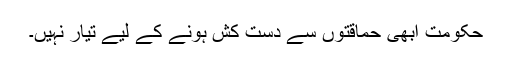
حکومت ابھی حماقتوں سے دست کش ہونے کے لیے تیار نہیں۔